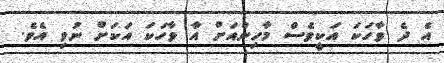
އެ ދެ ވާހަކަ އަކީވެސް މާހިންއަށް އާ ވާހަކަ އަކަށް ނުވި އެވެ.